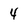
Character: 4